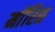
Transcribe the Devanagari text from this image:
माॅरिस